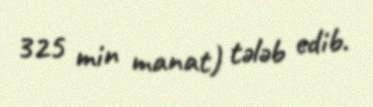
325 min manat) tələb edib.